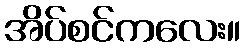
အိပ်စင်ကလေး။